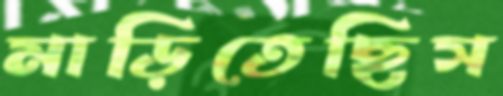
মাড়িতেছিস